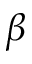
\boldsymbol { \beta }